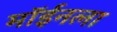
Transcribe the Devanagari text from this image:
मॉईनला